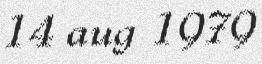
14 aug 1979